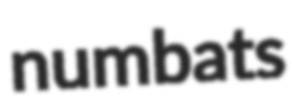
numbats